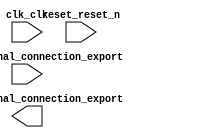

module nios2pio_qsys (
	clk_clk,
	reset_reset_n,
	pio_1_external_connection_export,
	pio_0_external_connection_export);	

	input		clk_clk;
	input		reset_reset_n;
	input	[3:0]	pio_1_external_connection_export;
	output	[6:0]	pio_0_external_connection_export;
endmodule